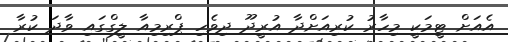
އެއަށް ޓީމަކީ މިހާރު ކުރިއަށްދާ އުރީދޫ ދިވެހި ޕްރިމިއާ ލީގްގައި ވާދަ ކުރާ